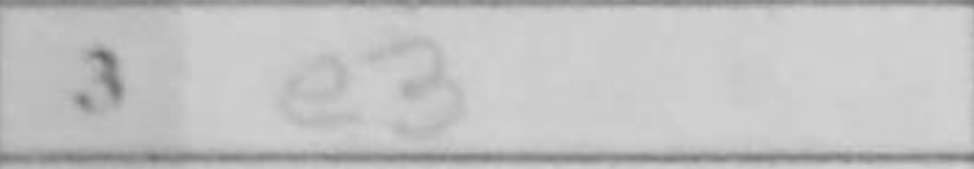
Transcription: e3